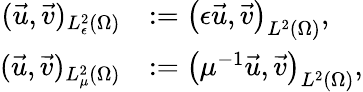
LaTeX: \begin{array}{rl}{(\vec{u},\vec{v})_{L_{\epsilon}^{2}(\Omega)}}&{:=\left(\epsilon\vec{u},\vec{v}\right)_{L^{2}(\Omega)},}\\ {(\vec{u},\vec{v})_{L_{\mu}^{2}(\Omega)}}&{:=\left(\mu^{-1}\vec{u},\vec{v}\right)_{L^{2}(\Omega)},}\end{array}